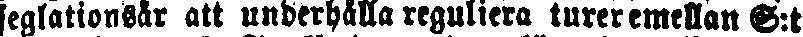
seglationsår att underhålla reguliera turer emellan S:t